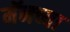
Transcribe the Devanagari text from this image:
मॅनच्या